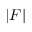
\left| F \right|